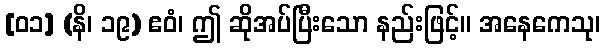
[၀၁] (နိ၊ ၁၉) ဧဝံ၊ ဤ ဆိုအပ်ပြီးသော နည်းဖြင့်။ အနေကေသု၊